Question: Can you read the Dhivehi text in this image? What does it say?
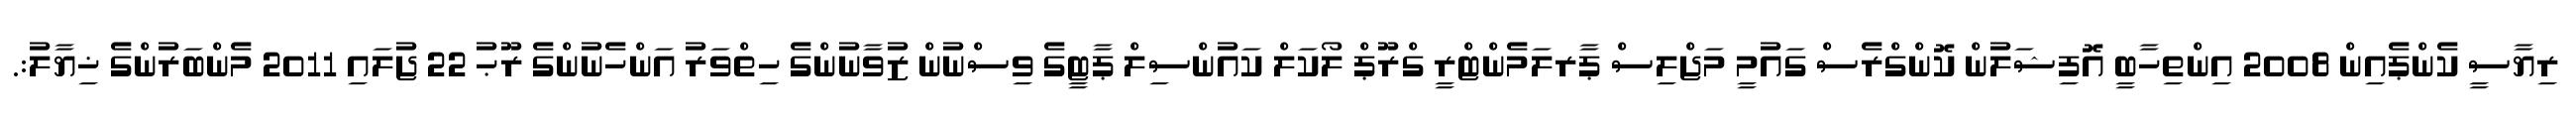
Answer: ރިޔާސީ ކެންޕެއިން 2008 އިންތިހާބީ އޮފިޝަލުން ކޮންގްރެސް ގައުމީ މަޖްލިސް ޕާރލަމެންޓްރީ ގްރޫޕް ލޯކަލް ކައުންސިލް ޕާޓީގެ ވިސްނުން ޒުވާނުންގެ ހިތްވަރު އަންހެނުންގެ ރޫޙު 22 ޖުލައި 2011 މެންބަރުންގެ ޚިޔާލު:.